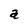
Character: a